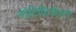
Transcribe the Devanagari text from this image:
नोटिफ़िकेशन